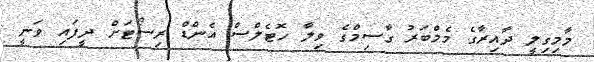
މާމިގިލީ ދާއިރާގެ މެމްބަރު ގާސިމްގެ ވިލާ ހޮޓެލްސް އެންޑް ރިސޯޓަށް ދީފައި ވަނީ